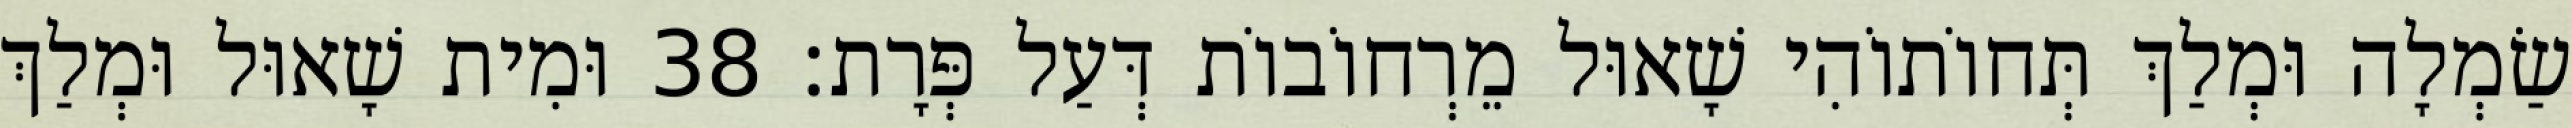
שַׂמְלָה וּמְלַךְ תְּחוֹתוֹהִי שָׁאוּל מֵרְחוֹבוֹת דְּעַל פְּרָת׃ 38 וּמִית שָׁאוּל וּמְלַךְ